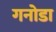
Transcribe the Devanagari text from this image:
गनोडा